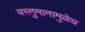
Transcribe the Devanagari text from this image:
वस्तुमानामुळेच